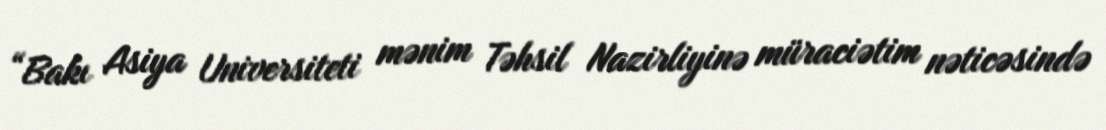
“Bakı Asiya Universiteti mənim Təhsil Nazirliyinə müraciətim nəticəsində